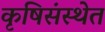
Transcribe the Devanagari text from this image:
कृषिसंस्थेत